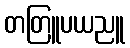
တတြူပယညူ